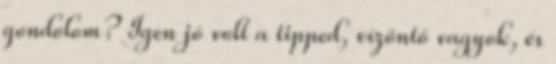
gondolom? Igen jó volt a tipped, vízöntő vagyok, és